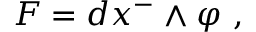
F = d x ^ { - } \wedge \varphi ~ ,